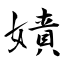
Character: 嫧